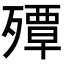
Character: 𭮠